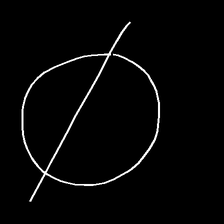
Glyph: orb